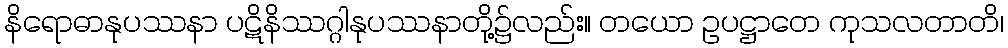
နိရောဓာနုပဿနာ ပဋိနိဿဂ္ဂါနုပဿနာတို့၌လည်း။ တယော ဥပဋ္ဌာတေ ကုသလတာတိ၊